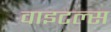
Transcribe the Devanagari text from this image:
वाइटल्स